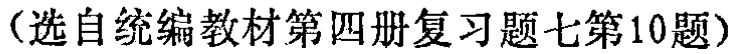
（选自统编教材第四册复习题七第10题）